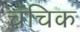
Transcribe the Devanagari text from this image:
चंचिक